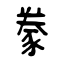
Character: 豢